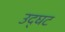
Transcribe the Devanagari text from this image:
उद्घट